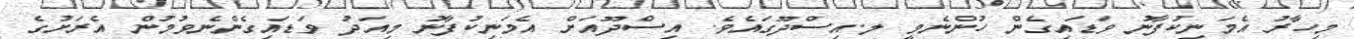
މިހާރު އެމަނިކުފާނު ވަޑައިގެން ހުންނެވީ ލ.އިސްދޫގައެވެ. އިސްދޫއަށް އެމަނިކުފާނު މިއަދު ވަޑައިގެންނެވުމުން އެރަށުގެ